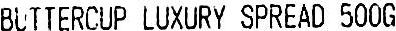
BUTTERCUP LUXURY SPREAD 500G